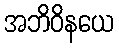
အဘိဝိနယေ